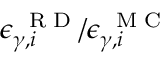
\epsilon _ { \gamma , i } ^ { \mathrm { ~ \tiny ~ R ~ D ~ } } / \epsilon _ { \gamma , i } ^ { \mathrm { ~ \tiny ~ M ~ C ~ } }